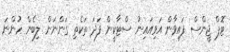
ޓޮޕް ޖީންސް ފައިވާން އަވިއައިނު ސްޓާކީން ފަދަ ތަކެތި ގަންނަން ލިބެން ހުންނަ